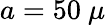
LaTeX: a=50~\mu